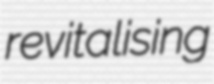
revitalising